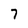
Character: 7